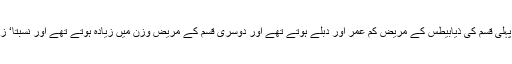
انہوں نے اس بات کو نوٹ کیا کہ پہلی قسم کی ذیابیطس کے مریض کم عمر اور دبلے ہوتے تھے اور دوسری قسم کے مریض وزن میں‌ زیادہ ہوتے تھے اور نسبتا‘ زیادہ عرصے تک زندہ رہتے تھے۔